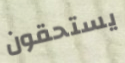
يستحقون